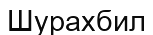
Шурахбил